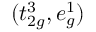
( t _ { 2 g } ^ { 3 } , e _ { g } ^ { 1 } )